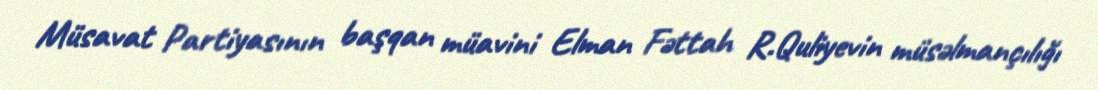
Müsavat Partiyasının başqan müavini Elman Fəttah R.Quliyevin müsəlmançılığı